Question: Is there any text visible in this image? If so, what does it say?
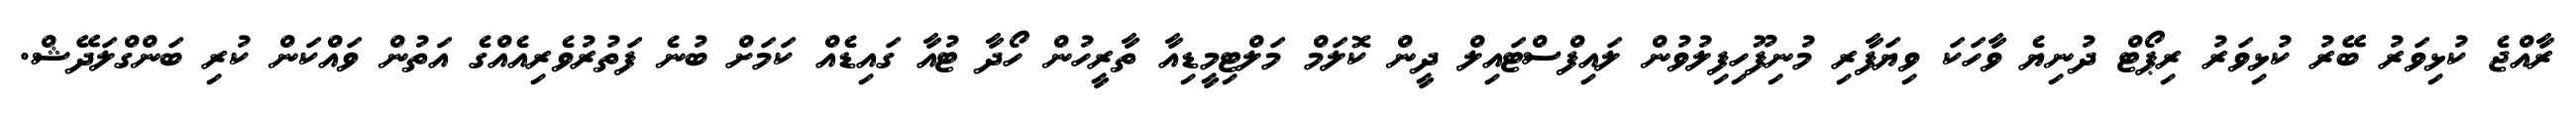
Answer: ރާއްޖެ ކުޅިވަރު ބޭރު ކުޅިވަރު ރިޕޯޓް ދުނިޔެ ވާހަކަ ވިޔަފާރި މުނިފޫހިފިލުވުން ލައިފްސްޓައިލް ދީން ކޮލަމް މަލްޓިމީޑިއާ ތާރީހުން ހޯދާ ޓުއާ ގައިޑެއް ކަމަށް ބުނެ ފަތުރުވެރިއެއްގެ އަތުން ވައްކަން ކުރި ބަންގްލަދޭޝް.